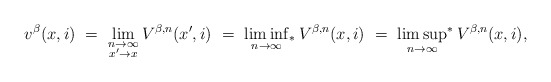
\begin{align*}v^\beta(x,i) \ = \ \lim_{\substack{n\rightarrow\infty\\ x'\rightarrow x}} V^{\beta,n}(x',i) \ = \ \liminf_{n\rightarrow\infty}{\!}_*\, V^{\beta,n}(x,i) \ = \ \limsup_{n\rightarrow\infty}{\!}^*\, V^{\beta,n}(x,i),\end{align*}